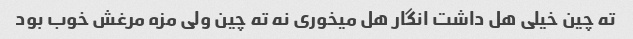
ته چین خیلی هل داشت انگار هل میخوری نه ته چین ولی مزه مرغش خوب بود